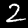
Label: 2